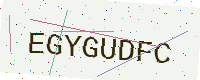
Text: EGYGUDFC